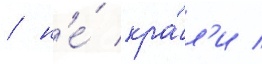
/ н'е́ кра́л'и /